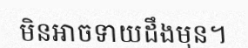
មិនអាចទាយដឹងមុន។